Report on vaccination North-West Frontier Province 1904-1922 - 1904-1922
Year: 1904
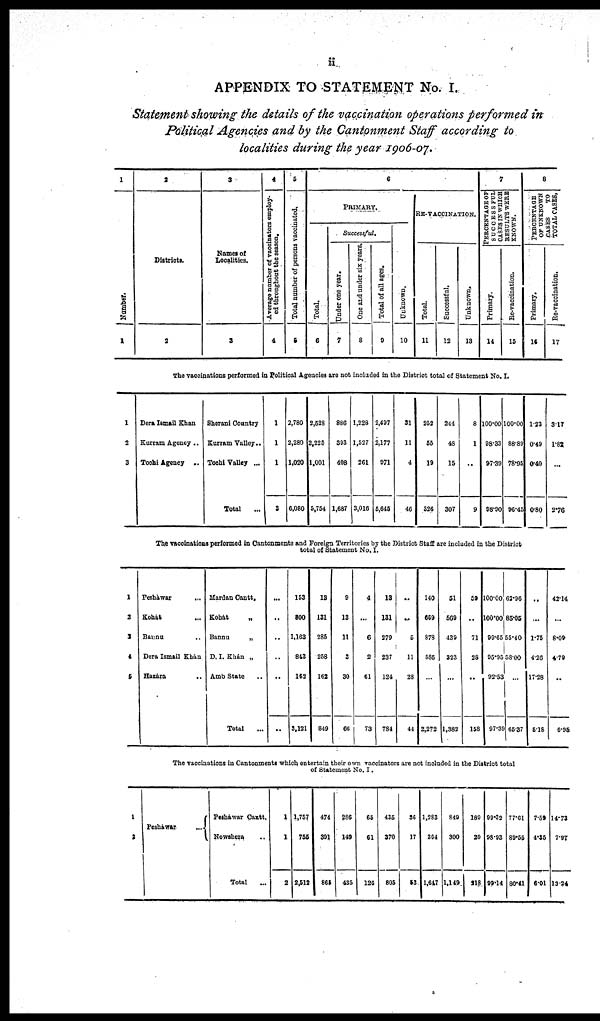
ii
APPENDIX TO STATEMENT No. I.
Statement showing the details of the vaccination operations performed in
Political Agencies and by the Cantonment Staff according to
localities during the year 1906-07.
1
Number.
1
2
Districts.
2
3
Names of
Localities.
3
4
Average number of vaccinators employ-
ed throughout the season.
4
5
Total number of persons vaccinated.
5
6
PRIMARY.
Total.
6
Successful.
Under one year.
7
One and under six years.
8
Total of all ages.
9
Unknown.
10
RE-VACCINATION.
Total.
11
Successful.
12
Unknown.
13
7
PERCENTAGE OF
SUCCESSFUL
CASES IN WHICH
RESULTS WERE
KNOWN.
Primary.
14
Re-vaccination.
15
8
PERCENTAGE
OF UNKNOWN
CASES
TO
TOTAL CASES.
Primary.
16
Re-vaccination.
17
The vaccinations performed in Political Agencies are not included in the District total of Statement No. I.
1
2
3
Dera Ismail Khan
Kurram Agency ..
Tochi Agency
..
Sherani Country
Kurram Valley..
Tochi Valley ...
Total ...
1
1
1
3
2,780
2,280
1,020
6,080
2,528
2,225
1,001
5,754
886
393
408
1,687
1,228
1,527
261
3,016
2,497
2,177
971
5,645
31
11
4
46
252
55
19
326
244
48
15
307
8
1
..
9
100.00
98.33
97.39
98.90
100.00
88.89
78.95
96.45
1.23
0.49
0.40
0.80
3.17
1.82
...
2.76
The vaccinations performed in Cantonments and Foreign Territories by the District Staff are included in the District
total of Statement No. I.
1
2
3
4
5
Pesháwar ...
Kohát ...
Bannu ...
Dera Ismail Khán
Hazára
..
Mardan Cantt.
Kohát
„
Bannu
„
D. I. Khán „
Amb State ..
Total ...
...
..
..
..
..
..
153
800
1,163
843
162
3,121
13
131
285
258
162
849
9
13
11
3
30
66
4
...
6
2
61
73
13
131
279
237
124
784
...
..
5
11
28
44
140
669
878
585
...
2,272
51
509
439
323
...
1,382
59
..
71
28
...
158
100.00
100.00
99.65
95.95
92.53
97.39
62.96
85.05
55.40
58.00
...
65.37
...
...
1.75
4.26
17.28
5.18
42.14
...
8.09
4.79
...
6.95
The vaccinations in Cantonments which entertain their own vaccinators are not included in the District total
of Statement No. I.
1
2
Pesháwar
Pesháwar Cantt.
Nowshera ..
Total ...
1
1
2
1,757
755
2,512
474
391
865
286
149
435
65
61
126
435
370
805
36
17
53
1,283
364
1,647
849
300
1,149
189
29
218
99.32
98.93
99.14
77.61
89.55
80.41
7.59
4.35
6.01
14.73
7.97
13.24